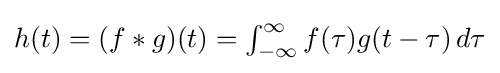
{\textstyle h(t)=(f*g)(t)=\int _{-\infty }^{\infty }f(\tau )g(t-\tau )\,d\tau }